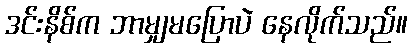
ဒင်းနိစ်က ဘာမျှမပြောပဲ နေလိုက်သည်။